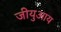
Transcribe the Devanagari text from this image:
जीयुआय